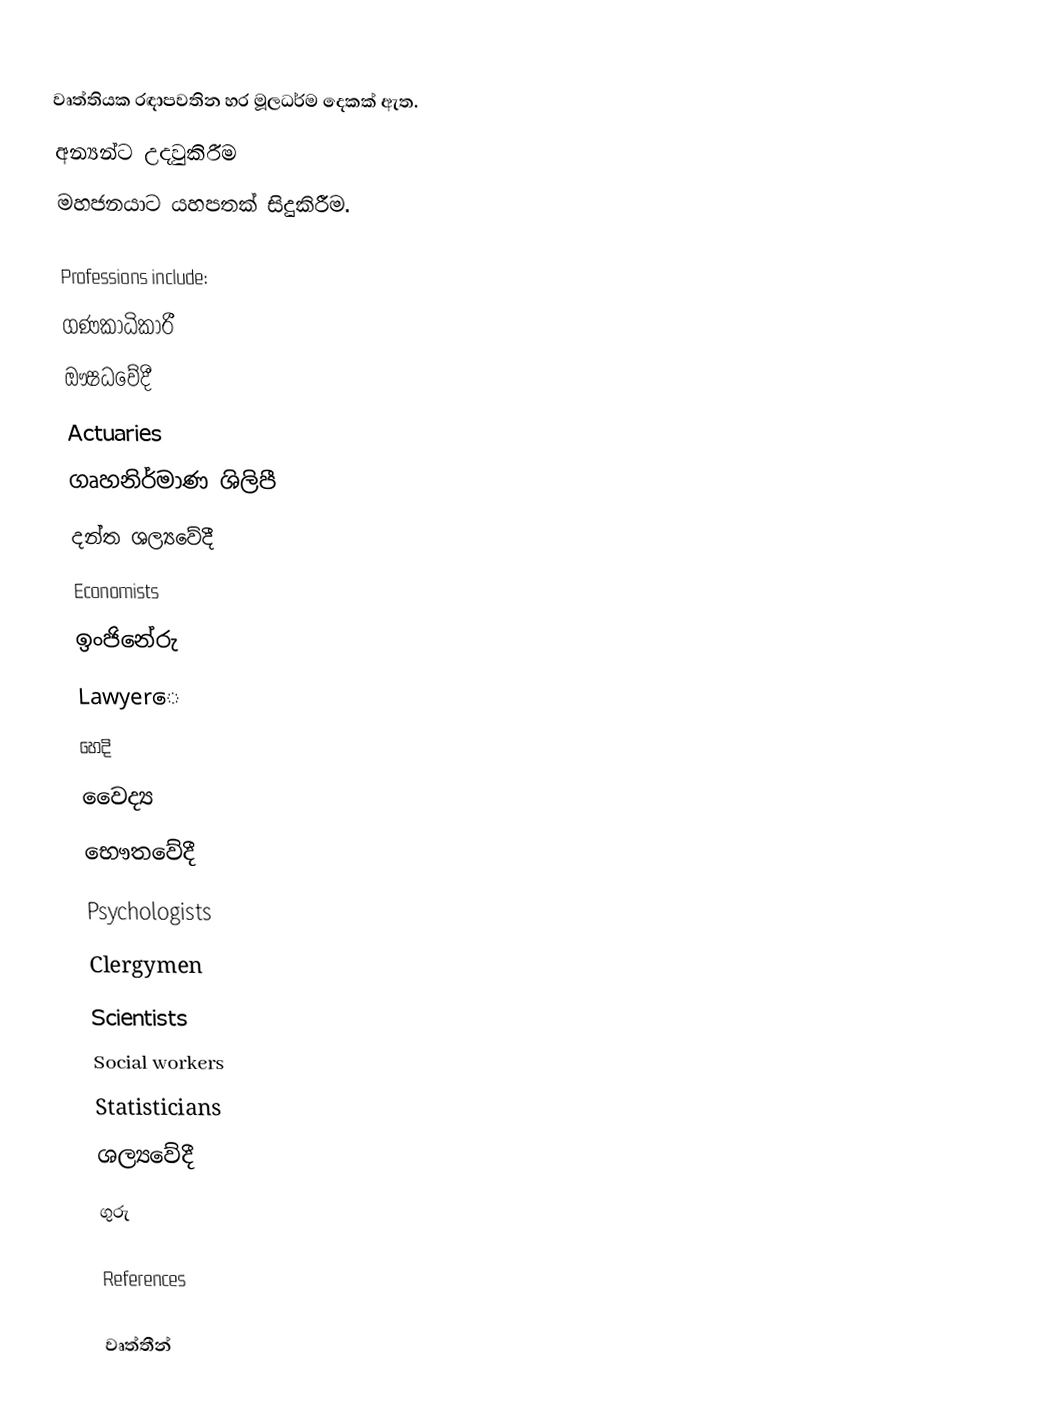
වෘත්තියක රඳාපවතින හර මූලධර්ම දෙකක් ඇත.
 අන්‍යන්ට උදවුකිරීම
 මහජනයාට යහපතක් සිදුකිරීම.

Professions include:
 ගණකාධිකාරී
 ඖෂධවේදී
 Actuaries
 ගෘහනිර්මාණ ශිලිපී
 දන්ත ශල්‍යවේදී
 Economists
 ඉංජිනේරු
 Lawyerෙ
 හෙදි
 වෛද්‍ය
 භෞතවේදී
 Psychologists
 Clergymen
 Scientists
 Social workers
 Statisticians
 ශල්‍යවේදී
 ගුරු

References

වෘත්තීන්